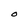
Character: O